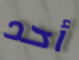
أحد